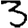
Digit: 3